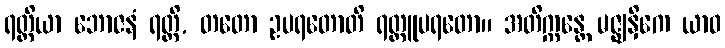
ရတ္တိယာ ဘောဇနံ ရတ္တိ, တတော ဥပရတောတိ ရတ္တူပရတော။ အတိက္ကန္တေ မဇ္ဈနှိကေ ယာဝ